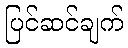
ပြင်ဆင်ချက်